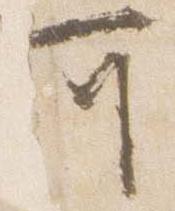
可